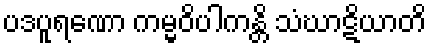
ပဒပူရဏော ကမ္မဝိပါကန္တိ သံဃာဋိယာတိ